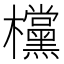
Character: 欓